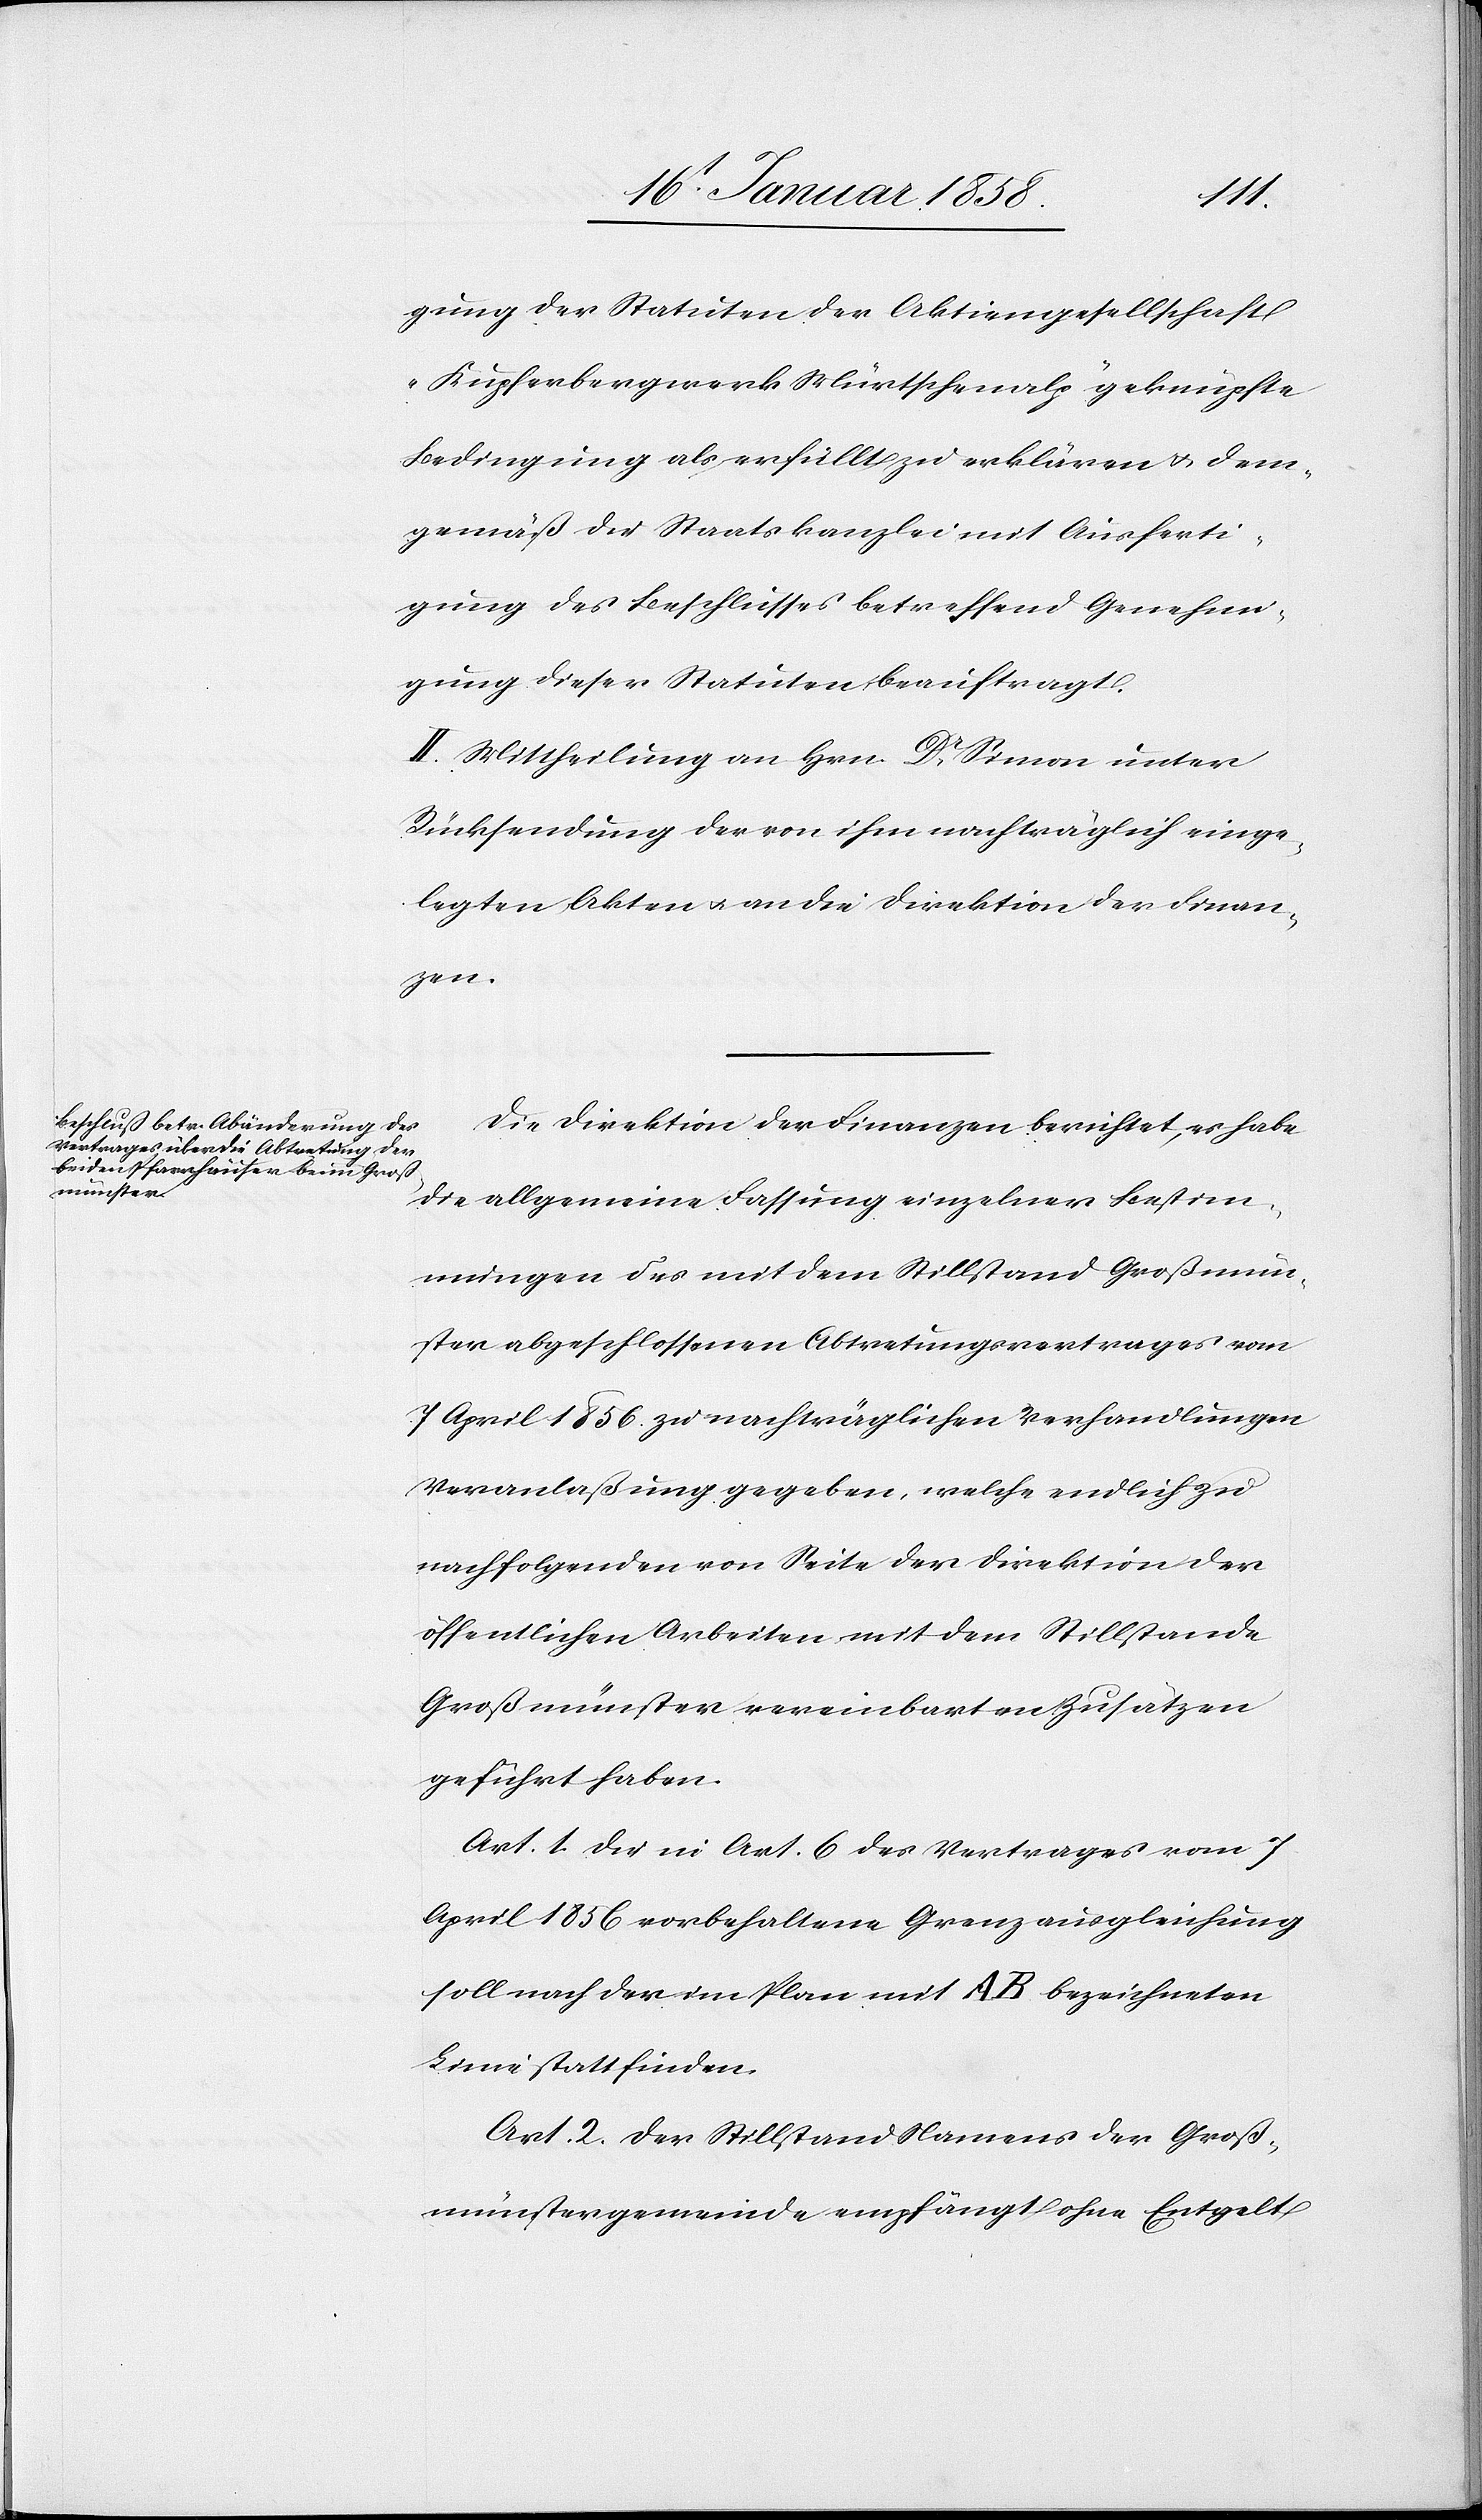
gung der Statuten der Aktiengesellschaft
„Kupferbergwerk Mürtschenalp“ geknüpfte
Bedingung als erfüllt zu erklären u. dem¬
gemäß die Staatskanzlei mit Ausferti¬
gung des Beschlusses betreffend Genehmi¬
gung dieser Statuten beauftragt.
II. Mittheilung an Hrn. Dr Simon unter
Rücksendung der von ihm nachträglich einge¬
legten Akten u. an die Direktion der Finan¬
zen.
Die Direktion der Finanzen berichtet, es habe
die allgemeine Fassung einzelner Bestim¬
mungen des mit dem Stillstand Großmün¬
ster abgeschlossenen Abtretungsvertrages vom
7. April 1856 zu nachträglichen Verhandlungen
Veranlaßung gegeben, welche endlich zu
nachfolgenden von Seite der Direktion der
öffentlichen Arbeiten mit dem Stillstande
Großmünster vereinbarten Zusätzen
geführt haben.
Art. 1. Die in Art. 6 des Vertrages vom 7
April 1856 vorbehaltene Grenzausgleichung
soll nach der im Plan mit A B bezeichneten
Linie stattfinden.
Art. 2. Der Stillstand Namens der Groß¬
münstergemeinde empfängt ohne Entgelt